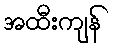
အထီးကျန်